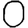
Digit: 0